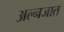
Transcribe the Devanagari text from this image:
अल्नजात